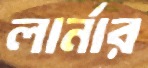
লার্নার